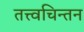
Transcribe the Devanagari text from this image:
तत्त्वचिन्तन